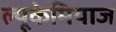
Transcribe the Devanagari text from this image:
ल्यूकेमियाज